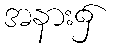
အနား၌